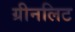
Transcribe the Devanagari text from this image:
ग्रीनलिट